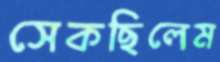
সেকছিলেম